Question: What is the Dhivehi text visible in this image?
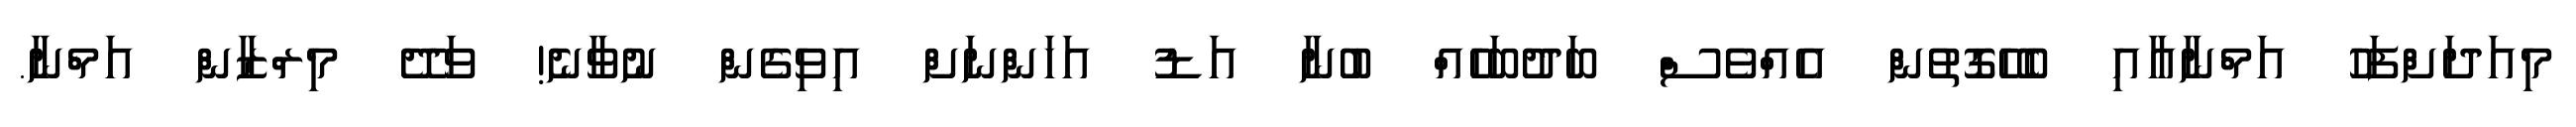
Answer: މިއަދަށްފަހު އަމްނާއާއި ބެހޭގޮތުން އެއްވެސް ބަދުބަހެއް ބުނާ އަޑު އަހަންނަށް އިވިގެން ނުވާނެ! ވަދޭ މިރްޒާން އަމްނާ.